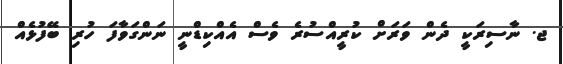
ޖ. ނާސިރަކީ ދެން ވަރަށް ކުރީއްސުރެ ވެސް އެއްކިޑްނީ ނަންގަވާފަ ހުރި ބޭފުޅެއް